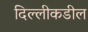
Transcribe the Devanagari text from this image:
दिल्लीकडील